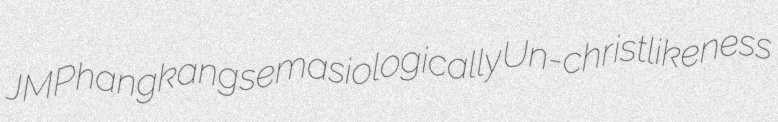
JMP hangkang semasiologically Un-christlikeness